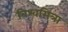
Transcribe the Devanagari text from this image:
विश्वमित्रा